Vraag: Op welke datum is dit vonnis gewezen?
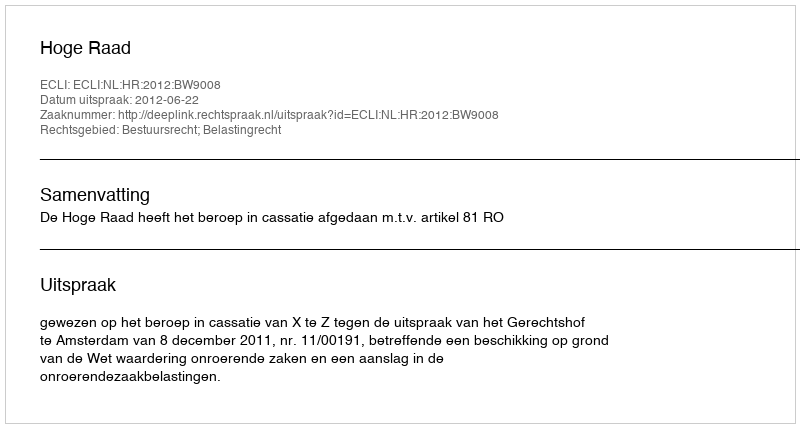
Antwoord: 2012-06-22